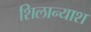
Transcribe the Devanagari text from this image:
शिलान्याश